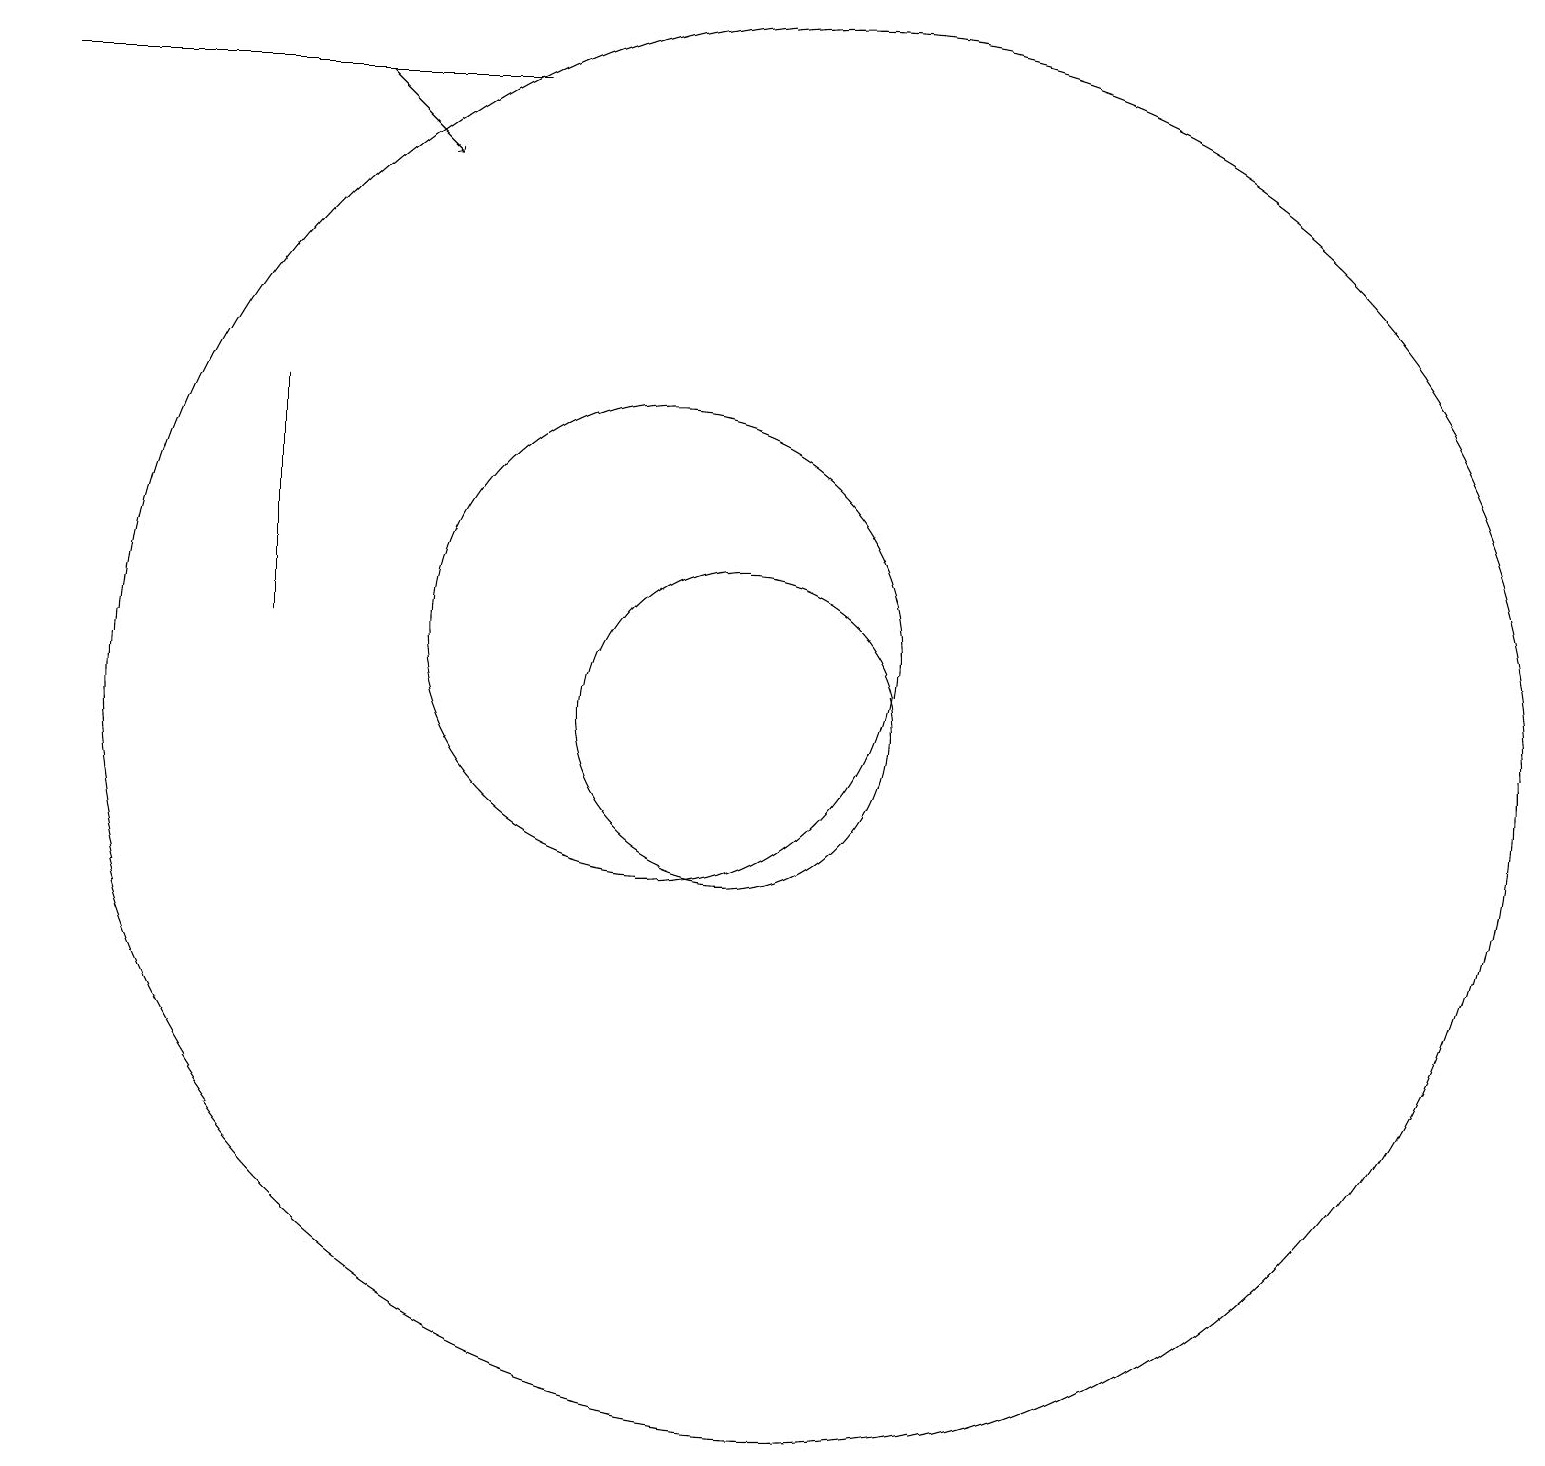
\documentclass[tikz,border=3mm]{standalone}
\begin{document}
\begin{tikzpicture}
\draw (11,10) circle (2);
\draw (5,14) rectangle (5,11);
\draw[->] (6,18) -- (7,17);
\draw (12,10) circle (9);
\draw (10,11) circle (3);
\draw (2,18) rectangle (8,18);
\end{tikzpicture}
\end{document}